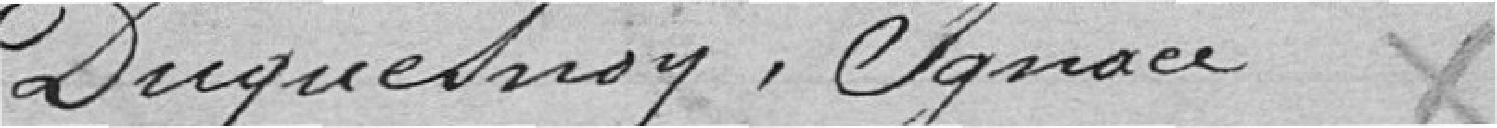
Duquesnoy, Ignace